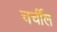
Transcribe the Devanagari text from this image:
चर्चील